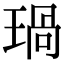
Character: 𤧗